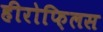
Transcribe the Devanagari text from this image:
हीरोफ़िलस